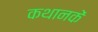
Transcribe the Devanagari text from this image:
कथानकें